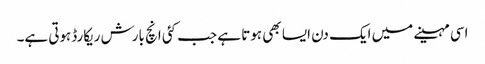
اسی مہینے میں ایک دن ایسا بھی ہوتا ہے جب کئی انچ بارش ریکارڈہوتی ہے۔